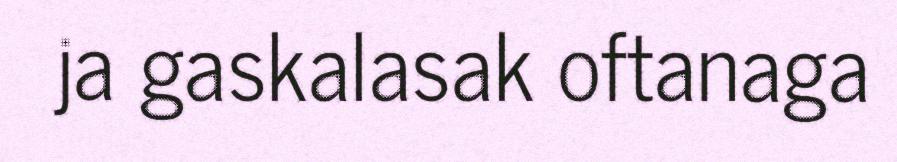
ja gaskalasak oftanaga